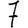
Digit: 7